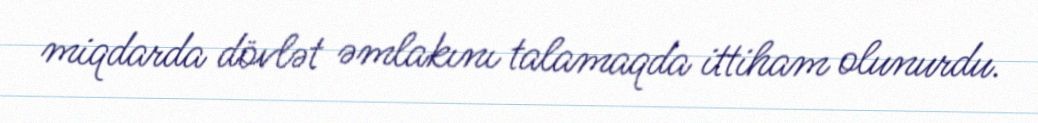
miqdarda dövlət əmlakını talamaqda ittiham olunurdu.